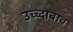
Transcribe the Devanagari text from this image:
उच्च्दाबाव